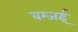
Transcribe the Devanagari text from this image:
बम्जई